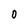
Character: 0